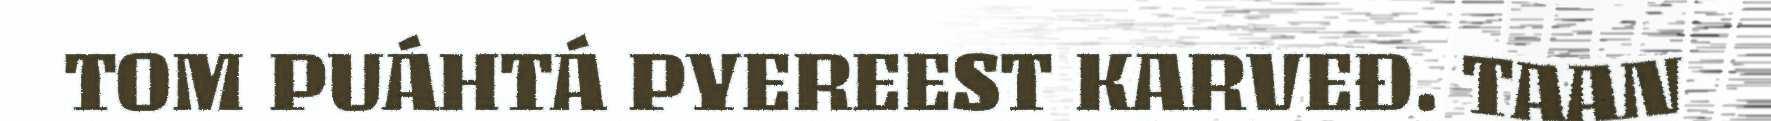
TOM PUÁHTÁ PYEREEST KARVEĐ. TAAN